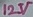
Text: 12V